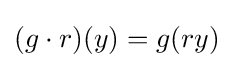
(g\cdot r)(y)=g(ry)